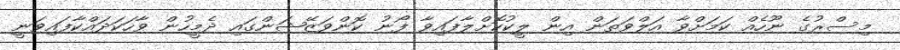
މިސްރުގެ ނޫހެއް ކަމަށްވާ އަލްވަތަން އިން ލީކުކޮށްލާފައިވާ ފޯނު ކޮންވަޒޭޝަންގައި ދެމީހުން ވާހަކަދައްކާފައިވަނީ